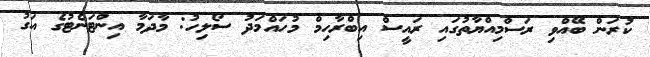
ކުރަން ބޭއްވި ރަސްމިއްޔާތުގައި ރައީސް އިބްރާހިމް މުހައްމަދު ސޯލިހު: މާދަމާ އިންޓަނެޓުގެ އަގު